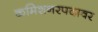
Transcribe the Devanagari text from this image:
कमिशनरपदावर